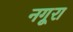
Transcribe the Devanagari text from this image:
नगूरा